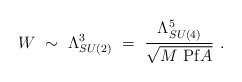
\begin{align*}W~\sim~\Lambda_{SU(2)}^3~=~ {\Lambda_{SU(4)}^5 \over \sqrt{M~ {\rm Pf} A}}~.\end{align*}